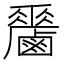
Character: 𪊁